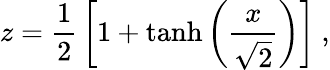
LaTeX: z={\frac{1}{2}}\left[1+\operatorname{tanh}\left({\frac{x}{\sqrt{2}}}\right)\right]\ ,